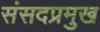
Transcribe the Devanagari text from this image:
संसदप्रमुख